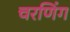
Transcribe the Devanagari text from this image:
चरणिंग